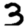
Digit: 3